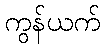
ကွန်ယက်